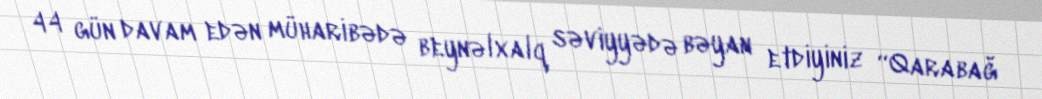
44 gün davam edən müharibədə beynəlxalq səviyyədə bəyan etdiyiniz “Qarabağ